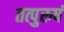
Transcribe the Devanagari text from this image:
तत्पुरुषं